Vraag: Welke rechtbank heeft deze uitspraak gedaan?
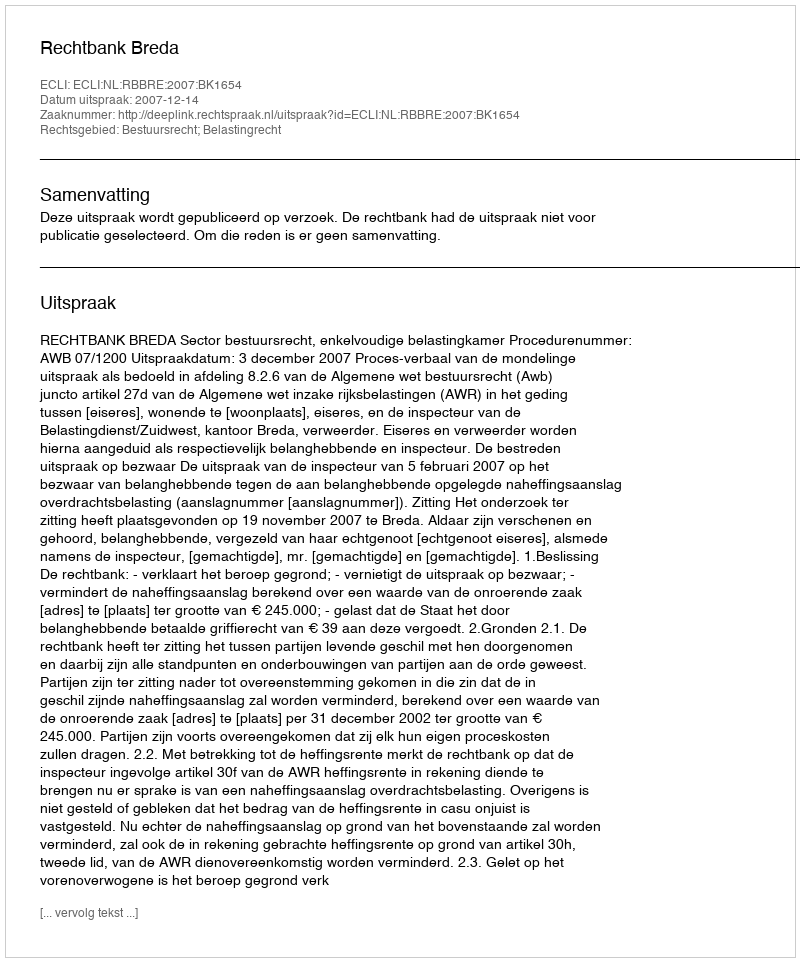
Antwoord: Rechtbank Breda